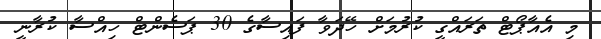
މި އެއާޕޯޓް ތަރައްގީ ކުރުމަށް ހޭދަވާ ފައިސާގެ 30 ޕަސެންޓް ހިއްސާ ކުރާނީ